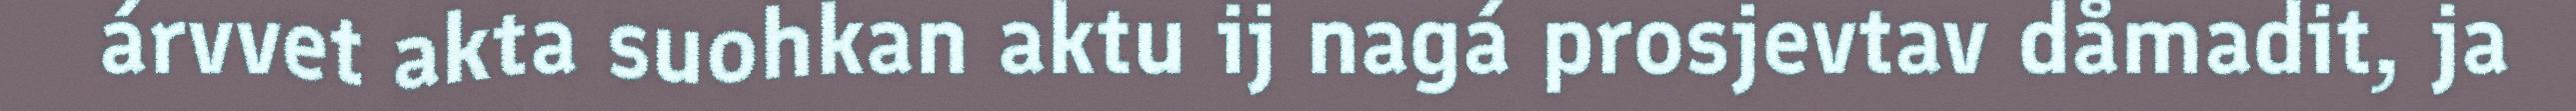
árvvet akta suohkan aktu ij nagá prosjevtav dåmadit, ja